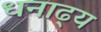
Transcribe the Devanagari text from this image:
धनाढ्‍य